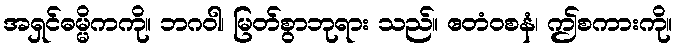
အရှင်ဓမ္မိကကို။ ဘဂဝါ၊ မြတ်စွာဘုရား သည်။ ဧတံဝစနံ၊ ဤစကားကို။